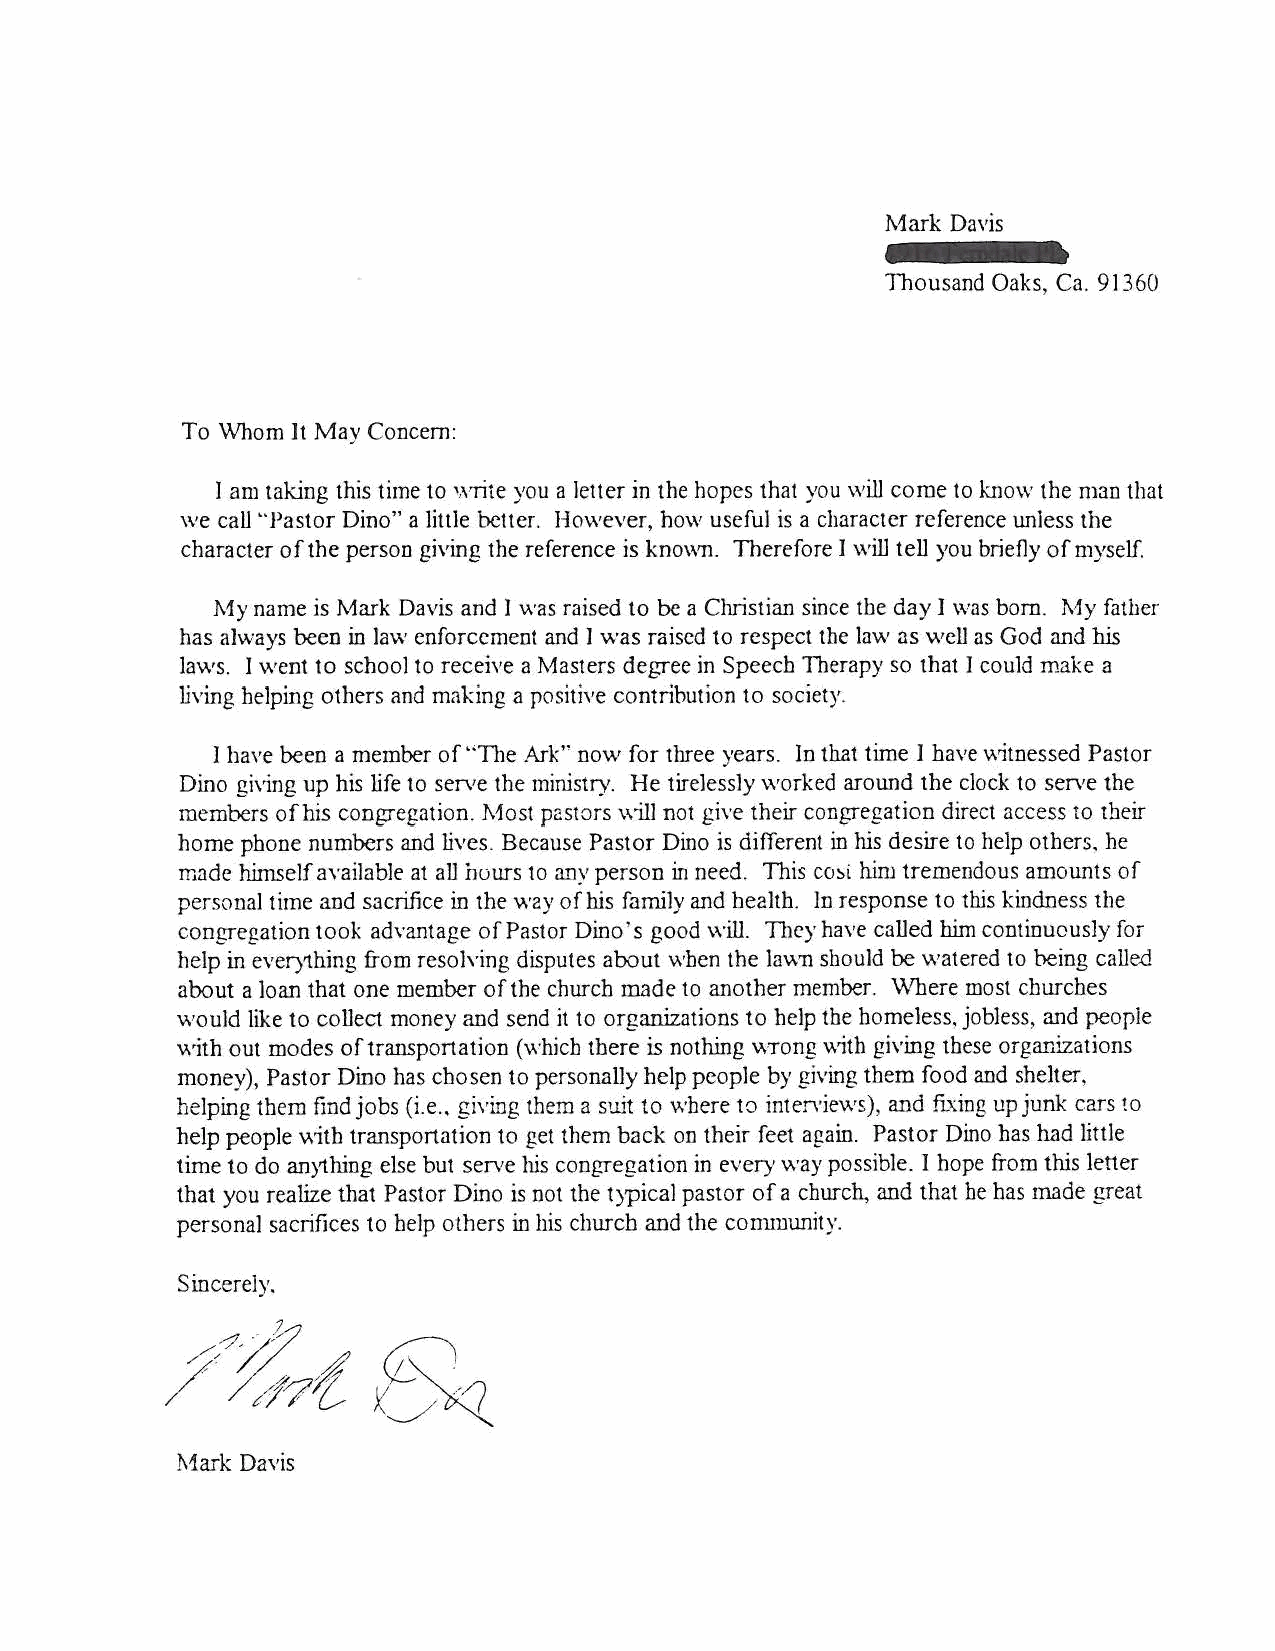
Mark Davis
 Thousand Oaks, Ca. 91360
 To Whom 1t May Concern:
 J am taking this time to write you a letter in the hopes that you will come to know the man that
 we call"Pastor Dino" a little better. However, how useful is a character reference unless the
 character of the person giving the reference is known. Therefore 1 will tell you briefly of myself
 My name is Mark Davis and I was raised to be a Christian since the day 1 \Vas born. My father
 has always been in law enforcement and 1 was raised to respect the Jaw as well as God and his
 laws. I went to school to receive a Masters degree in Speech Therapy so that I could make a
 living helping others and making a positive contribution to society.
 I have been a member of"The .A..rk" now for three years. In that time 1 have \\rJtnessed Pastor
 Di.IlO giving up his life to serve the mirustry. He tirelessly worked aroWld the clock to serve the
 members ofhis congregation. Most pastors \\ill not give their congregation direct access to their
 home phone numbers and lives. Because Pastor Dino is different in his desire to help others, he
 made himself available at all hours to any person in need. This co::.i him tremendous amoWlts of
 personal time and sacrifice in the way of his farruly and health. ln response to thls kindness the
 congregation took advantage of Pastor Dino' s good will. 1l1ey have called him continuously for
 help in everything from resolving disputes about when the lawn should be watered to being called
 about a loan that one member of the church made to another member. Where most churches
 would like to collect money and send it to organizations to help the homeless, jobless, and people
 v.1th out modes of transportation (which there is nothing \\Tong v.1th giving these organizations
 money), Pastor Dino has chosen to personally help people by giving them food and shelter,
 helping them find jobs (i.e .• giving them a suit to where to interviews), and fixing up junk cars to
 help people with transportation to get them back on their feet again. Pastor Dino bas had little
 time to do anything else but serve his congregation in every way possible. I hope from this letter
 that you realize that Pastor Dino is not the t)pical pastor of a church, and that be bas made great
 personal sacrifices to help others in his church and the conuuunity.
 Sincerely.
 Mark Davis